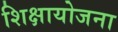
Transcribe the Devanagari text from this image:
शिक्षायोजना